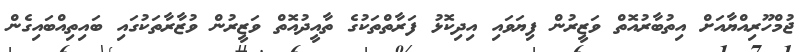
ޖުމްހޫރިއްޔާއަށް އިތުބާރުއޮތް ވަޒީރުން ފިޔަވައި އިދިކޮޅު ފަރާތްތަކުގެ ތާއީދުއޮތް ވަޒީރުން ވުޒާރާތަކުގައި ބައިތިއްބައިގެން